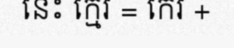
នេះ ក្មេរ = កេរ +